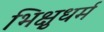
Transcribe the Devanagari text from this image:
भिक्षुधर्म